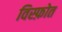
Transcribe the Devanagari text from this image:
विस्फ़ोत